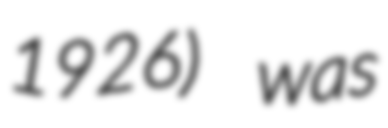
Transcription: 1926) was